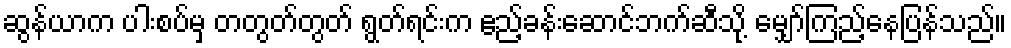
ဆွန်ယာက ပါးစပ်မှ တတွတ်တွတ် ရွတ်ရင်းက ဧည့်ခန်းဆောင်ဘက်ဆီသို့ မျှော်ကြည့်နေပြန်သည်။